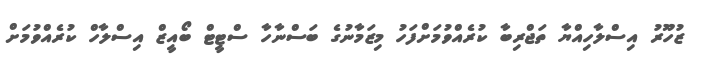
ޒުހޫރު އިސްލާހިއްޔާ ތަޖްރިބާ ކުރެއްވުމަށްފަހު މިޒަމާނުގެ ބަސްނާހާ ސްޓީޓް ބޯއީޒް އިސްލާހް ކުރެއްވުމަށް